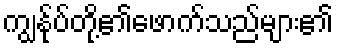
ကျွန်ုပ်တို့၏ဖောက်သည်များ၏